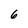
Character: 6